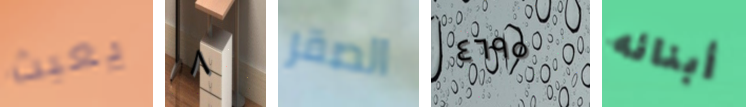
يعبث ٨ الصقر ٤٦٩٥ أبنائه